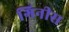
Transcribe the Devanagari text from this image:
गिनीस